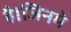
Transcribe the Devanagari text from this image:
है।जिनमे